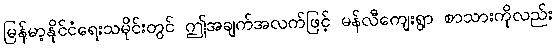
မြန်မာ့နိုင်ငံရေးသမိုင်းတွင် ဤအချက်အလက်ဖြင့် မန်လီကျေးရွာ စာသားကိုလည်း